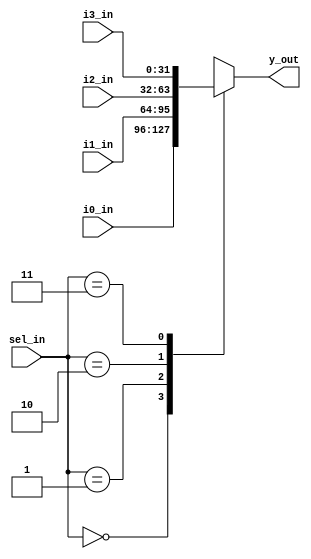
module mux4 (y_out,i0_in,i1_in,i2_in,i3_in,sel_in);
parameter BUS_WIDTH = 32;

output [BUS_WIDTH-1 : 0] y_out;
input [BUS_WIDTH-1 : 0] i0_in;
input [BUS_WIDTH-1 : 0] i1_in;
input [BUS_WIDTH-1 : 0] i2_in;
input [BUS_WIDTH-1 : 0] i3_in; 	
input [1:0] sel_in;

reg [BUS_WIDTH-1 : 0] y_out;
wire [BUS_WIDTH-1 : 0] i0_in;
wire [BUS_WIDTH-1 : 0] i1_in;
wire [BUS_WIDTH-1 : 0] i2_in;
wire [BUS_WIDTH-1 : 0] i3_in;
wire [1:0] sel_in;

always @(*)
begin
	case (sel_in)
		2'b00 : y_out <= i0_in;
		2'b01 : y_out <= i1_in;
		2'b10 : y_out <= i2_in;
		2'b11 : y_out <= i3_in;
	endcase
end
endmodule